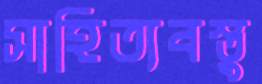
সাহিত্যবস্তু